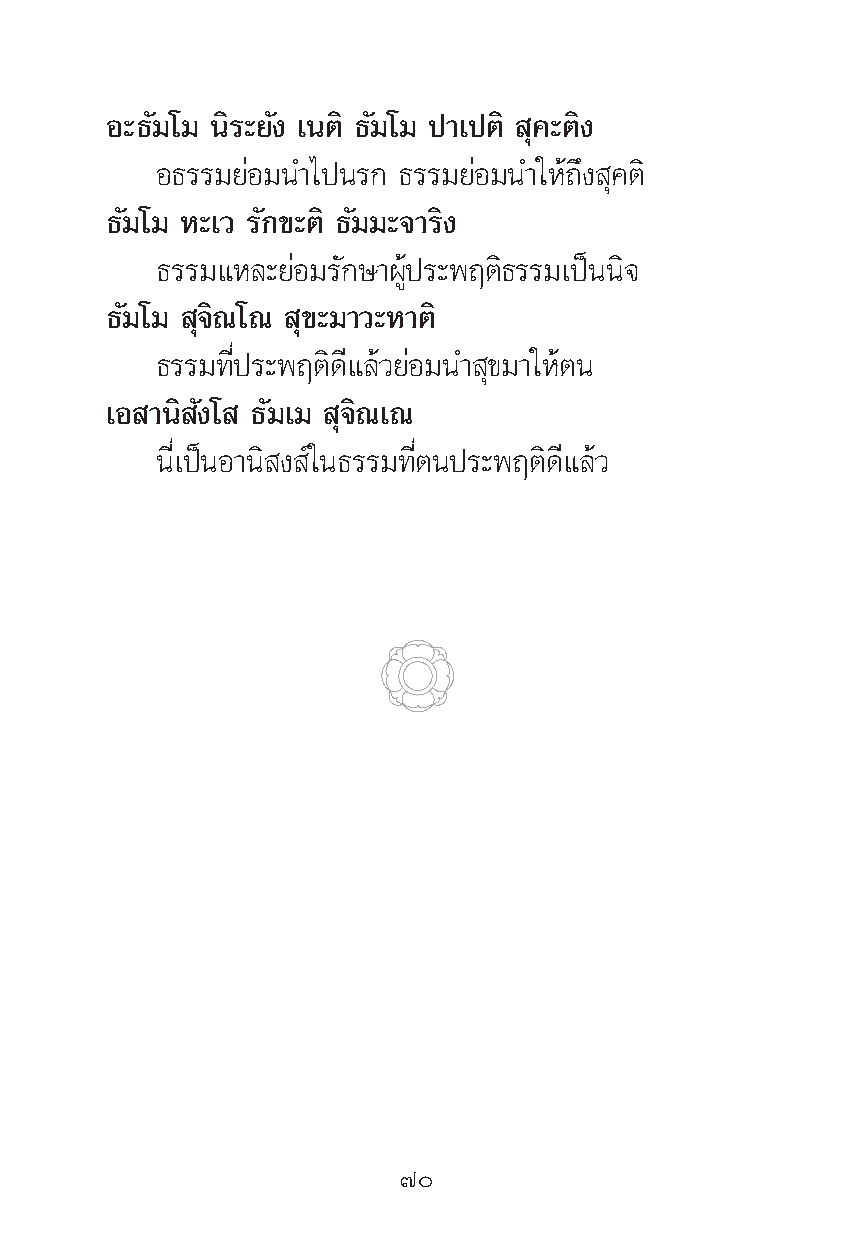
Õ–∏—¡‚¡ π‘√–¬—ß ‡πμ‘ ∏—¡‚¡ ª“‡ªμ‘ ÿ§–μ‘ß
 Õ∏√√¡¬àÕ¡π”‰ªπ√° ∏√√¡¬àÕ¡π”„Àâ∂÷ß ÿ§μ‘
 ∏—¡‚¡ À–‡« √—°¢–μ‘ ∏—¡¡–®“√‘ß
 ∏√√¡·À≈–¬àÕ¡√—°…“ºŸâª√–æƒμ‘∏√√¡‡ªìππ‘®
 ∏—¡‚¡ ÿ®‘≥‚≥ ÿ¢–¡“«–À“μ‘
 ∏√√¡∑’Ëª√–æƒμ‘¥’·≈â«¬àÕ¡π” ÿ¢¡“„Àâμπ
 ‡Õ “π‘ —ß‚ ∏—¡‡¡ ÿ®‘≥‡≥
 π’Ë‡ªìπÕ“π‘ ß å„π∏√√¡∑’Ëμπª√–æƒμ‘¥’·≈â«
 ˜